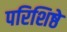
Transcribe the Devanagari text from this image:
परिशिष्ठे